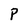
Character: P